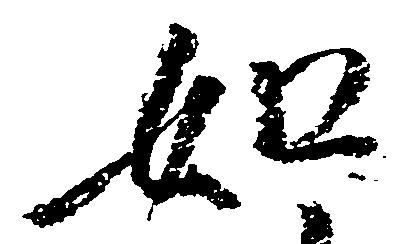
如